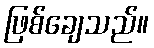
ဖြစ်ချေသည်။